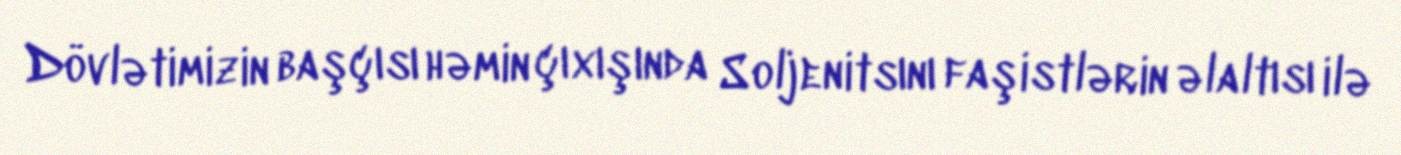
Dövlətimizin başçısı həmin çıxışında Soljenitsını faşistlərin əlaltısı ilə